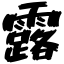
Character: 露